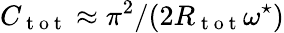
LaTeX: C_{\mathrm{~t~o~t~}}\approx\pi^{2}/(2R_{\mathrm{~t~o~t~}}\omega^{\star})